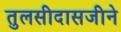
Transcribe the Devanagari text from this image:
तुलसीदासजीने